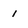
Character: 1